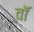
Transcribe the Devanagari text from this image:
वाॅ